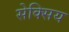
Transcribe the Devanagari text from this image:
सेक्सिय